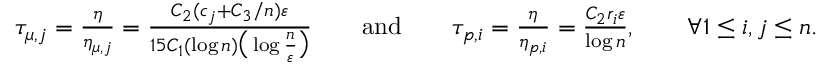
\begin{array} { r } { \tau _ { \mu , j } = \frac { \eta } { \eta _ { \mu , j } } = \frac { C _ { 2 } ( c _ { j } + C _ { 3 } / n ) \varepsilon } { 1 5 C _ { 1 } ( \log n ) \big ( \log \frac { n } { \varepsilon } \big ) } \qquad \mathrm { a n d } \qquad \tau _ { p , i } = \frac { \eta } { \eta _ { p , i } } = \frac { C _ { 2 } r _ { i } \varepsilon } { \log n } , \qquad \forall 1 \leq i , j \leq n . } \end{array}